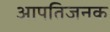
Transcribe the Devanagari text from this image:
आपतिजनक